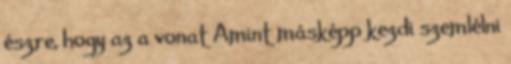
észre, hogy az a vonat Amint másképp kezdi szemlélni